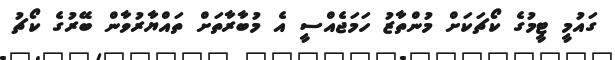
ގައުމީ ޓީމުގެ ކޯޗަކަށް މުންތާޒު ހަމަޖެއްސީ އެ މުބާރާތަށް ތައްޔާރުވާން ބޭރުގެ ކޯޗު